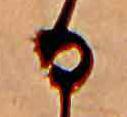
る